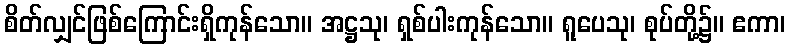
စိတ်လျှင်ဖြစ်ကြောင်းရှိကုန်သော။ အဋ္ဌသု၊ ရှစ်ပါးကုန်သော။ ရူပေသု၊ စုပ်တို့၌။ ဧကာ၊